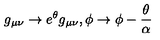
g _ { \mu \nu } \rightarrow e ^ { \theta } g _ { \mu \nu } , \phi \rightarrow \phi - \frac { \theta } { \alpha }